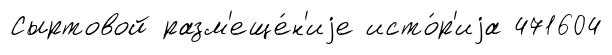
Сыртовой разм'еще́н'иjе исто́р'иjа 471604